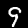
Label: 9